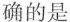
确的是